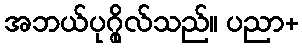
အဘယ်ပုဂ္ဂိုလ်သည်။ ပညာ+